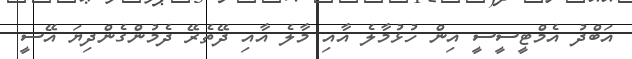
އަބްދު އެމްޓީސީސީ އިން ހުޅުމާލެ އާއި މާލެ އާއި ދޭތެރޭ ދެމުންގެންދިޔަ އޭސީ